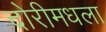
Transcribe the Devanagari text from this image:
दोरीमधला